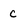
Character: C